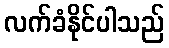
လက်ခံနိုင်ပါသည်